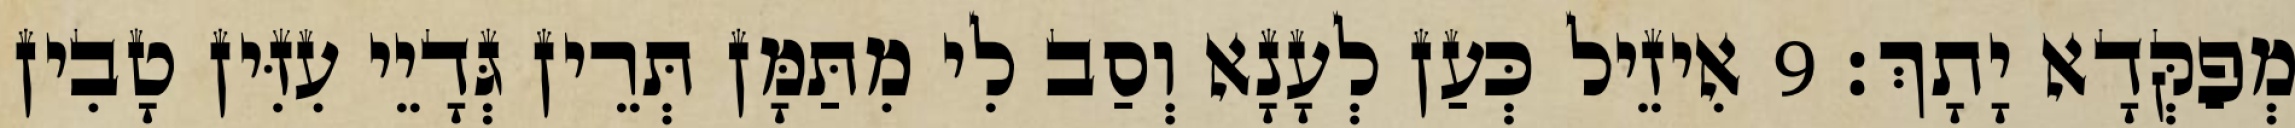
מְפַקְּדָא יָתָךְ׃ 9 אִיזֵיל כְּעַן לְעָנָא וְסַב לִי מִתַּמָּן תְּרֵין גְּדָיֵי עִזִּין טָבִין